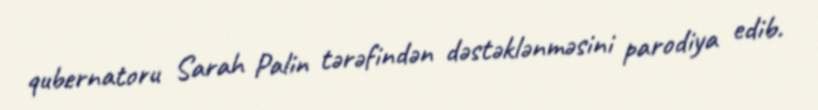
qubernatoru Sarah Palin tərəfindən dəstəklənməsini parodiya edib.